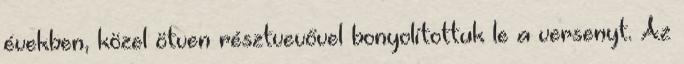
években, közel ötven résztvevővel bonyolítottuk le a versenyt. Az